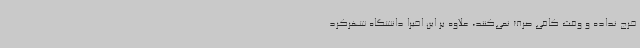
خرج نداده و وقت کافی صرف نمی‌کنند، ‌علاوه بر این اخیرا دانشگاه شهرکرد